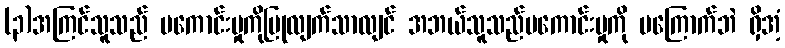
(၃)အကြင်သူသည် မကောင်းမှုကိုပြုလျက်သာလျင် အဘယ်သူသည်မကောင်းမှုကို မကြောက်ဘဲ ရှိအံ့